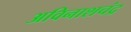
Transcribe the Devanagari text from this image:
अविनाशचंद्र